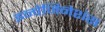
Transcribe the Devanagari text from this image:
इन्वेजिनेशंस